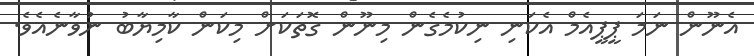
އެނޫން ނަމަ ޕީޕީއެމް އެކަނި ނިކުމެގެން މިނޫން ގޮތަކަށް މިކަން ކާމިޔާބު ނުވާނެއެވެ.